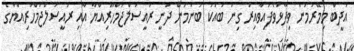
އަދީބް މިމޭރުމުން ވިދާޅުވެފައިވާއިރު ގިނަ ބައަކު ބުނަމުން ދަނީ ރައީސުލްޖުމްހޫރިއްޔާ އާއި ރައީސުލްޖުމްހުރިއްޔާގެ